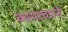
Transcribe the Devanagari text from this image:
कामठ्याने